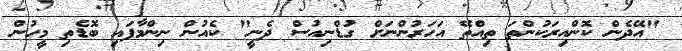
"އޭދެން ކޮންއިރަކުންތަ ތިއްތޭ އަހަރުންނަށް ގުޑްނިއުސް ދެނީ" ކެއުން ނިންމާފައި ބޮޑެތި މީހުން